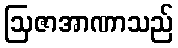
ဩဇာအာဏာသည်